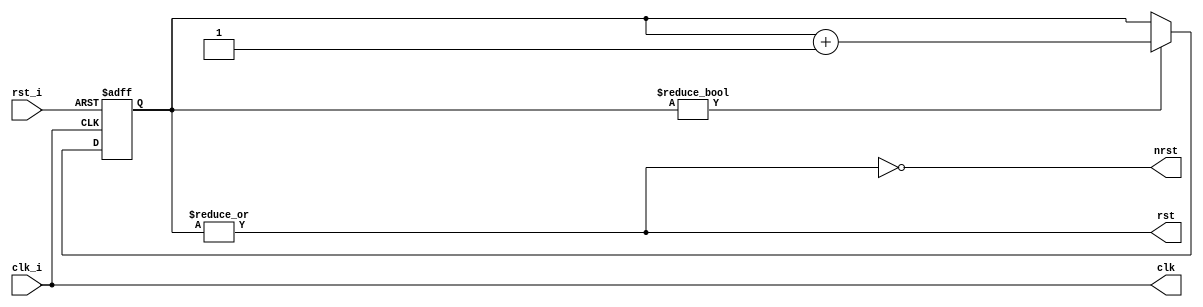
module system_controller (/*AUTOARG*/
   // Outputs
   clk, rst, nrst,
   // Inputs
   clk_i, rst_i
   ) ;
   input wire clk_i;
   input wire rst_i;

   output wire clk;
   output wire rst;
   output wire nrst;
   
`ifdef XILINX
   //
   // Input buffer the clk pin
   //
   wire        clk_ibuf;
   IBUF xclk_ibufg(.I(clk_i), .O(clk_ibuf));
`else

   assign clk = clk_i;

   


   
   reg [4:0] reset_count =0;
   assign rst = |reset_count; 
   assign nrst = ~rst;
   
   always @(posedge clk_i or posedge rst_i)
     if (rst_i) begin
        reset_count <= 1;        
     end else begin
        if (reset_count)
          reset_count <= reset_count + 1;
     end
   
`endif
   
endmodule